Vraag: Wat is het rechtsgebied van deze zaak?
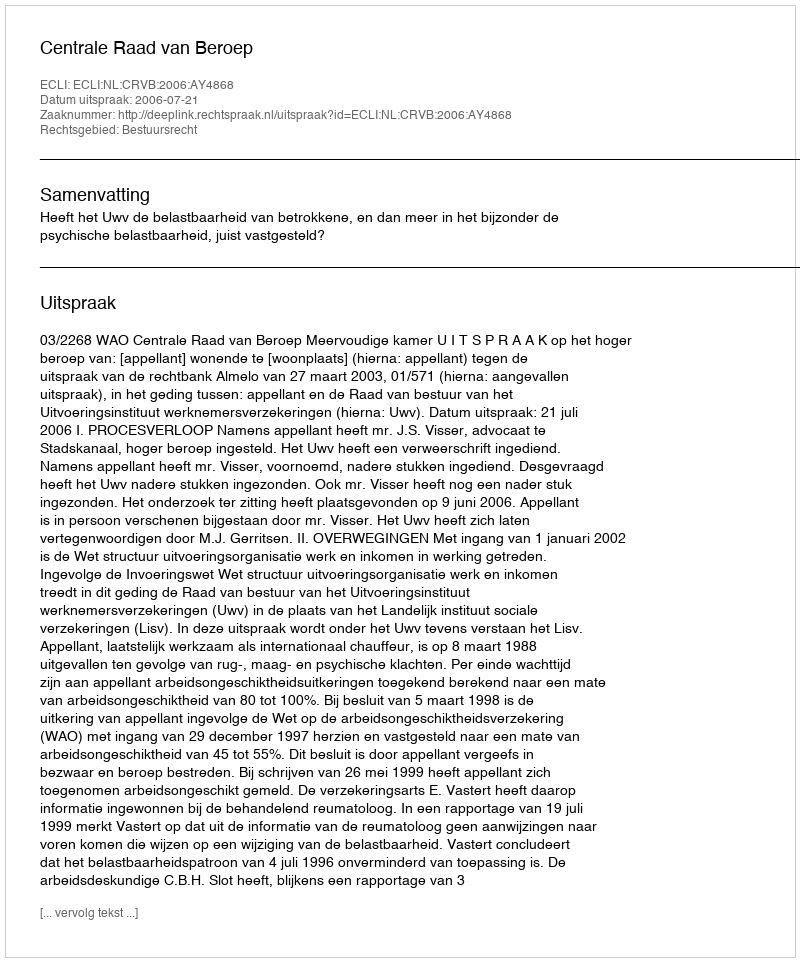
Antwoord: Bestuursrecht